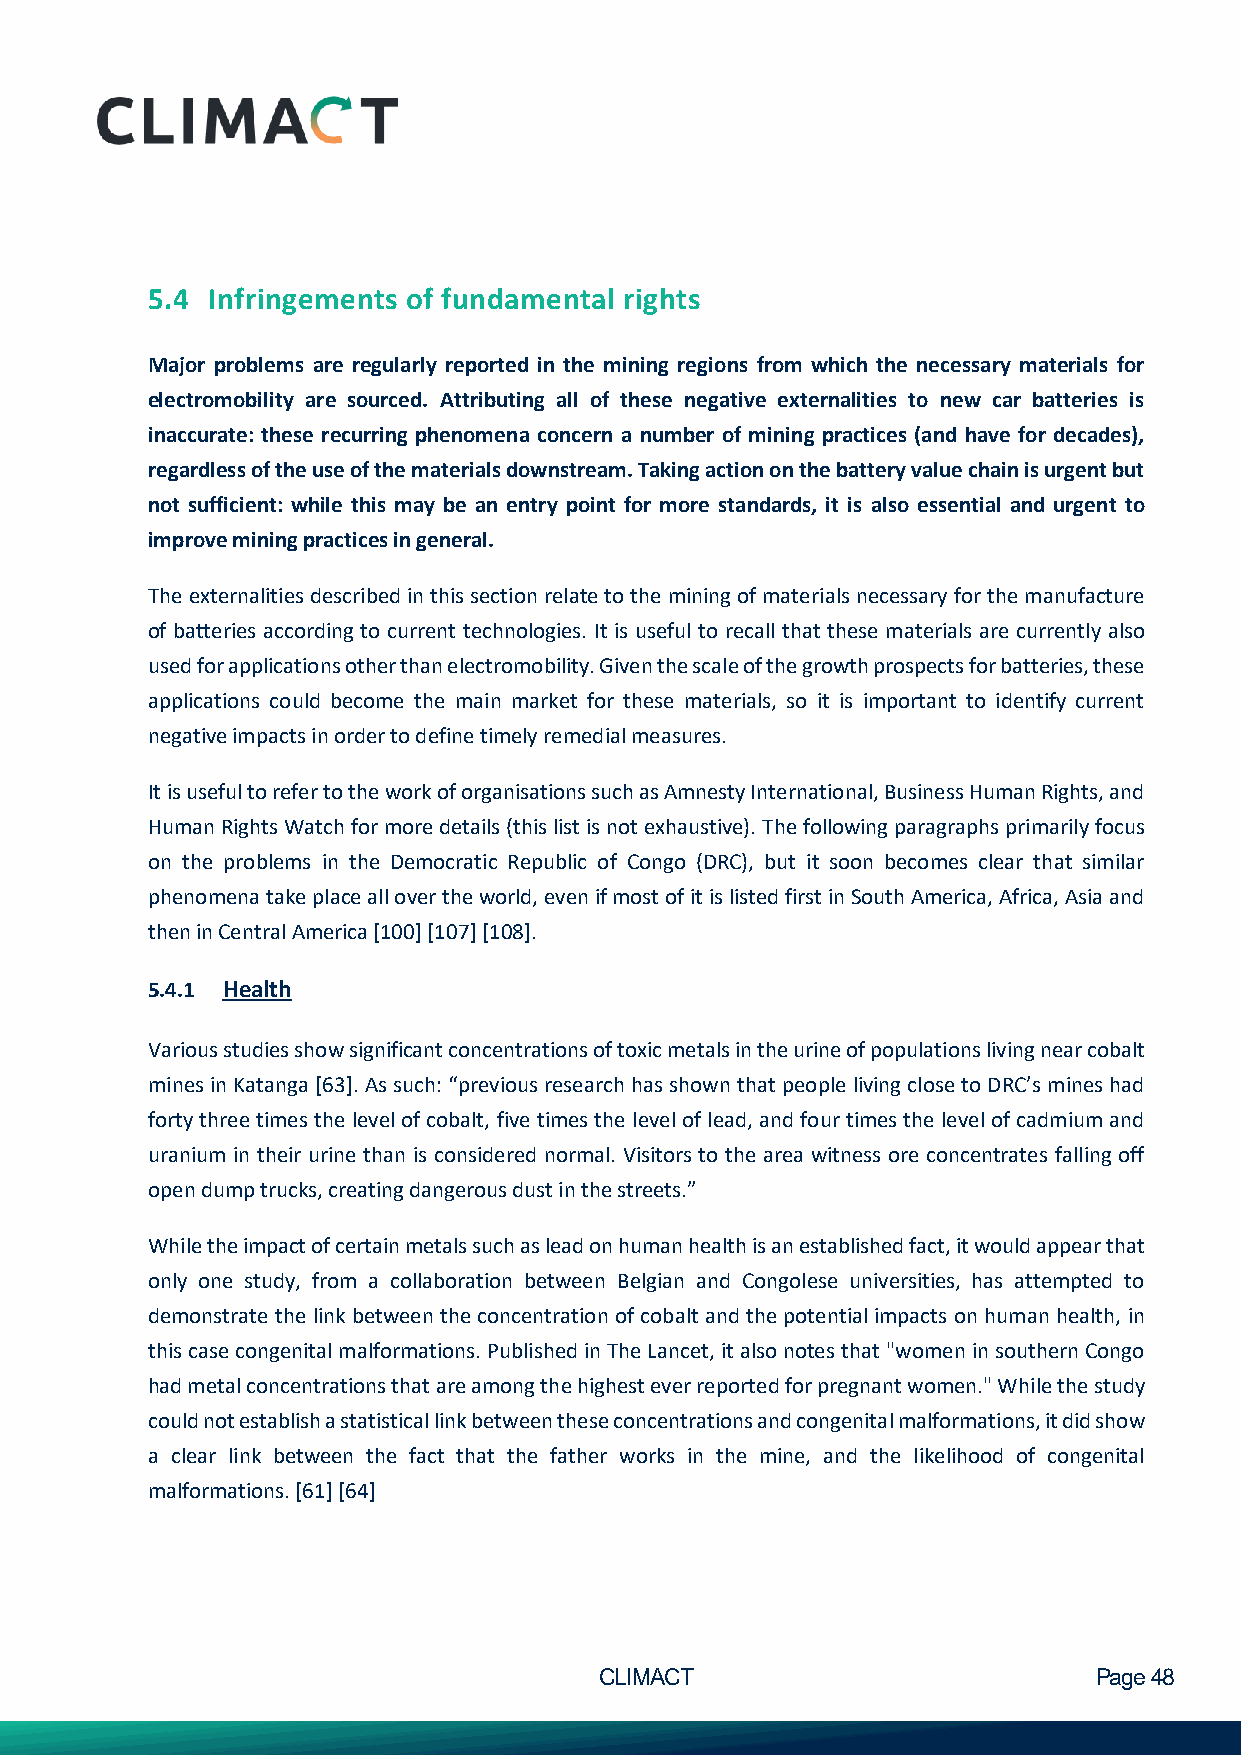
5.4 Infringements of fundamental rights
 Major problems are regularly reported in the mining regions from which the necessary materials for
 electromobility are sourced. Attributing all of these negative externalities to new car batteries is
 inaccurate: these recurring phenomena concern a number of mining practices (and have for decades),
 regardless of the use of the materials downstream. Taking action on the battery value chain is urgent but
 not sufficient: while this may be an entry point for more standards, it is also essential and urgent to
 improve mining practices in general.
 The externalities described in this section relate to the mining of materials necessary for the manufacture
 of batteries according to current technologies. It is useful to recall that these materials are currently also
 used for applications other than electromobility. Given the scale of the growth prospects for batteries, these
 applications could become the main market for these materials, so it is important to identify current
 negative impacts in order to define timely remedial measures.
 It is useful to refer to the work of organisations such as Amnesty International, Business Human Rights, and
 Human Rights Watch for more details (this list is not exhaustive). The following paragraphs primarily focus
 on the problems in the Democratic Republic of Congo (DRC), but it soon becomes clear that similar
 phenomena take place all over the world, even if most of it is listed first in South America, Africa, Asia and
 then in Central America [100] [107] [108].
 5.4.1 Health
 Various studies show significant concentrations of toxic metals in the urine of populations living near cobalt
 mines in Katanga [63]. As such: “previous research has shown that people living close to DRC’s mines had
 forty three times the level of cobalt, five times the level of lead, and four times the level of cadmium and
 uranium in their urine than is considered normal. Visitors to the area witness ore concentrates falling off
 open dump trucks, creating dangerous dust in the streets.”
 While the impact of certain metals such as lead on human health is an established fact, it would appear that
 only one study, from a collaboration between Belgian and Congolese universities, has attempted to
 demonstrate the link between the concentration of cobalt and the potential impacts on human health, in
 this case congenital malformations. Published in The Lancet, it also notes that "women in southern Congo
 had metal concentrations that are among the highest ever reported for pregnant women." While the study
 could not establish a statistical link between these concentrations and congenital malformations, it did show
 a clear link between the fact that the father works in the mine, and the likelihood of congenital
 malformations. [61] [64]
 CLIMACT                         Page 48